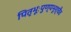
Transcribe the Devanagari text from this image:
पितृभूःपुण्यभूश्चैव